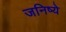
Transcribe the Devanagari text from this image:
जनिष्ये